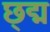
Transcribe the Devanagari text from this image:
छ्द्म